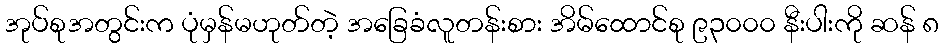
အုပ်စုအတွင်းက ပုံမှန်မဟုတ်တဲ့ အခြေခံလူတန်းစား အိမ်ထောင်စု ၉၃၀၀၀ နီးပါးကို ဆန် ၈